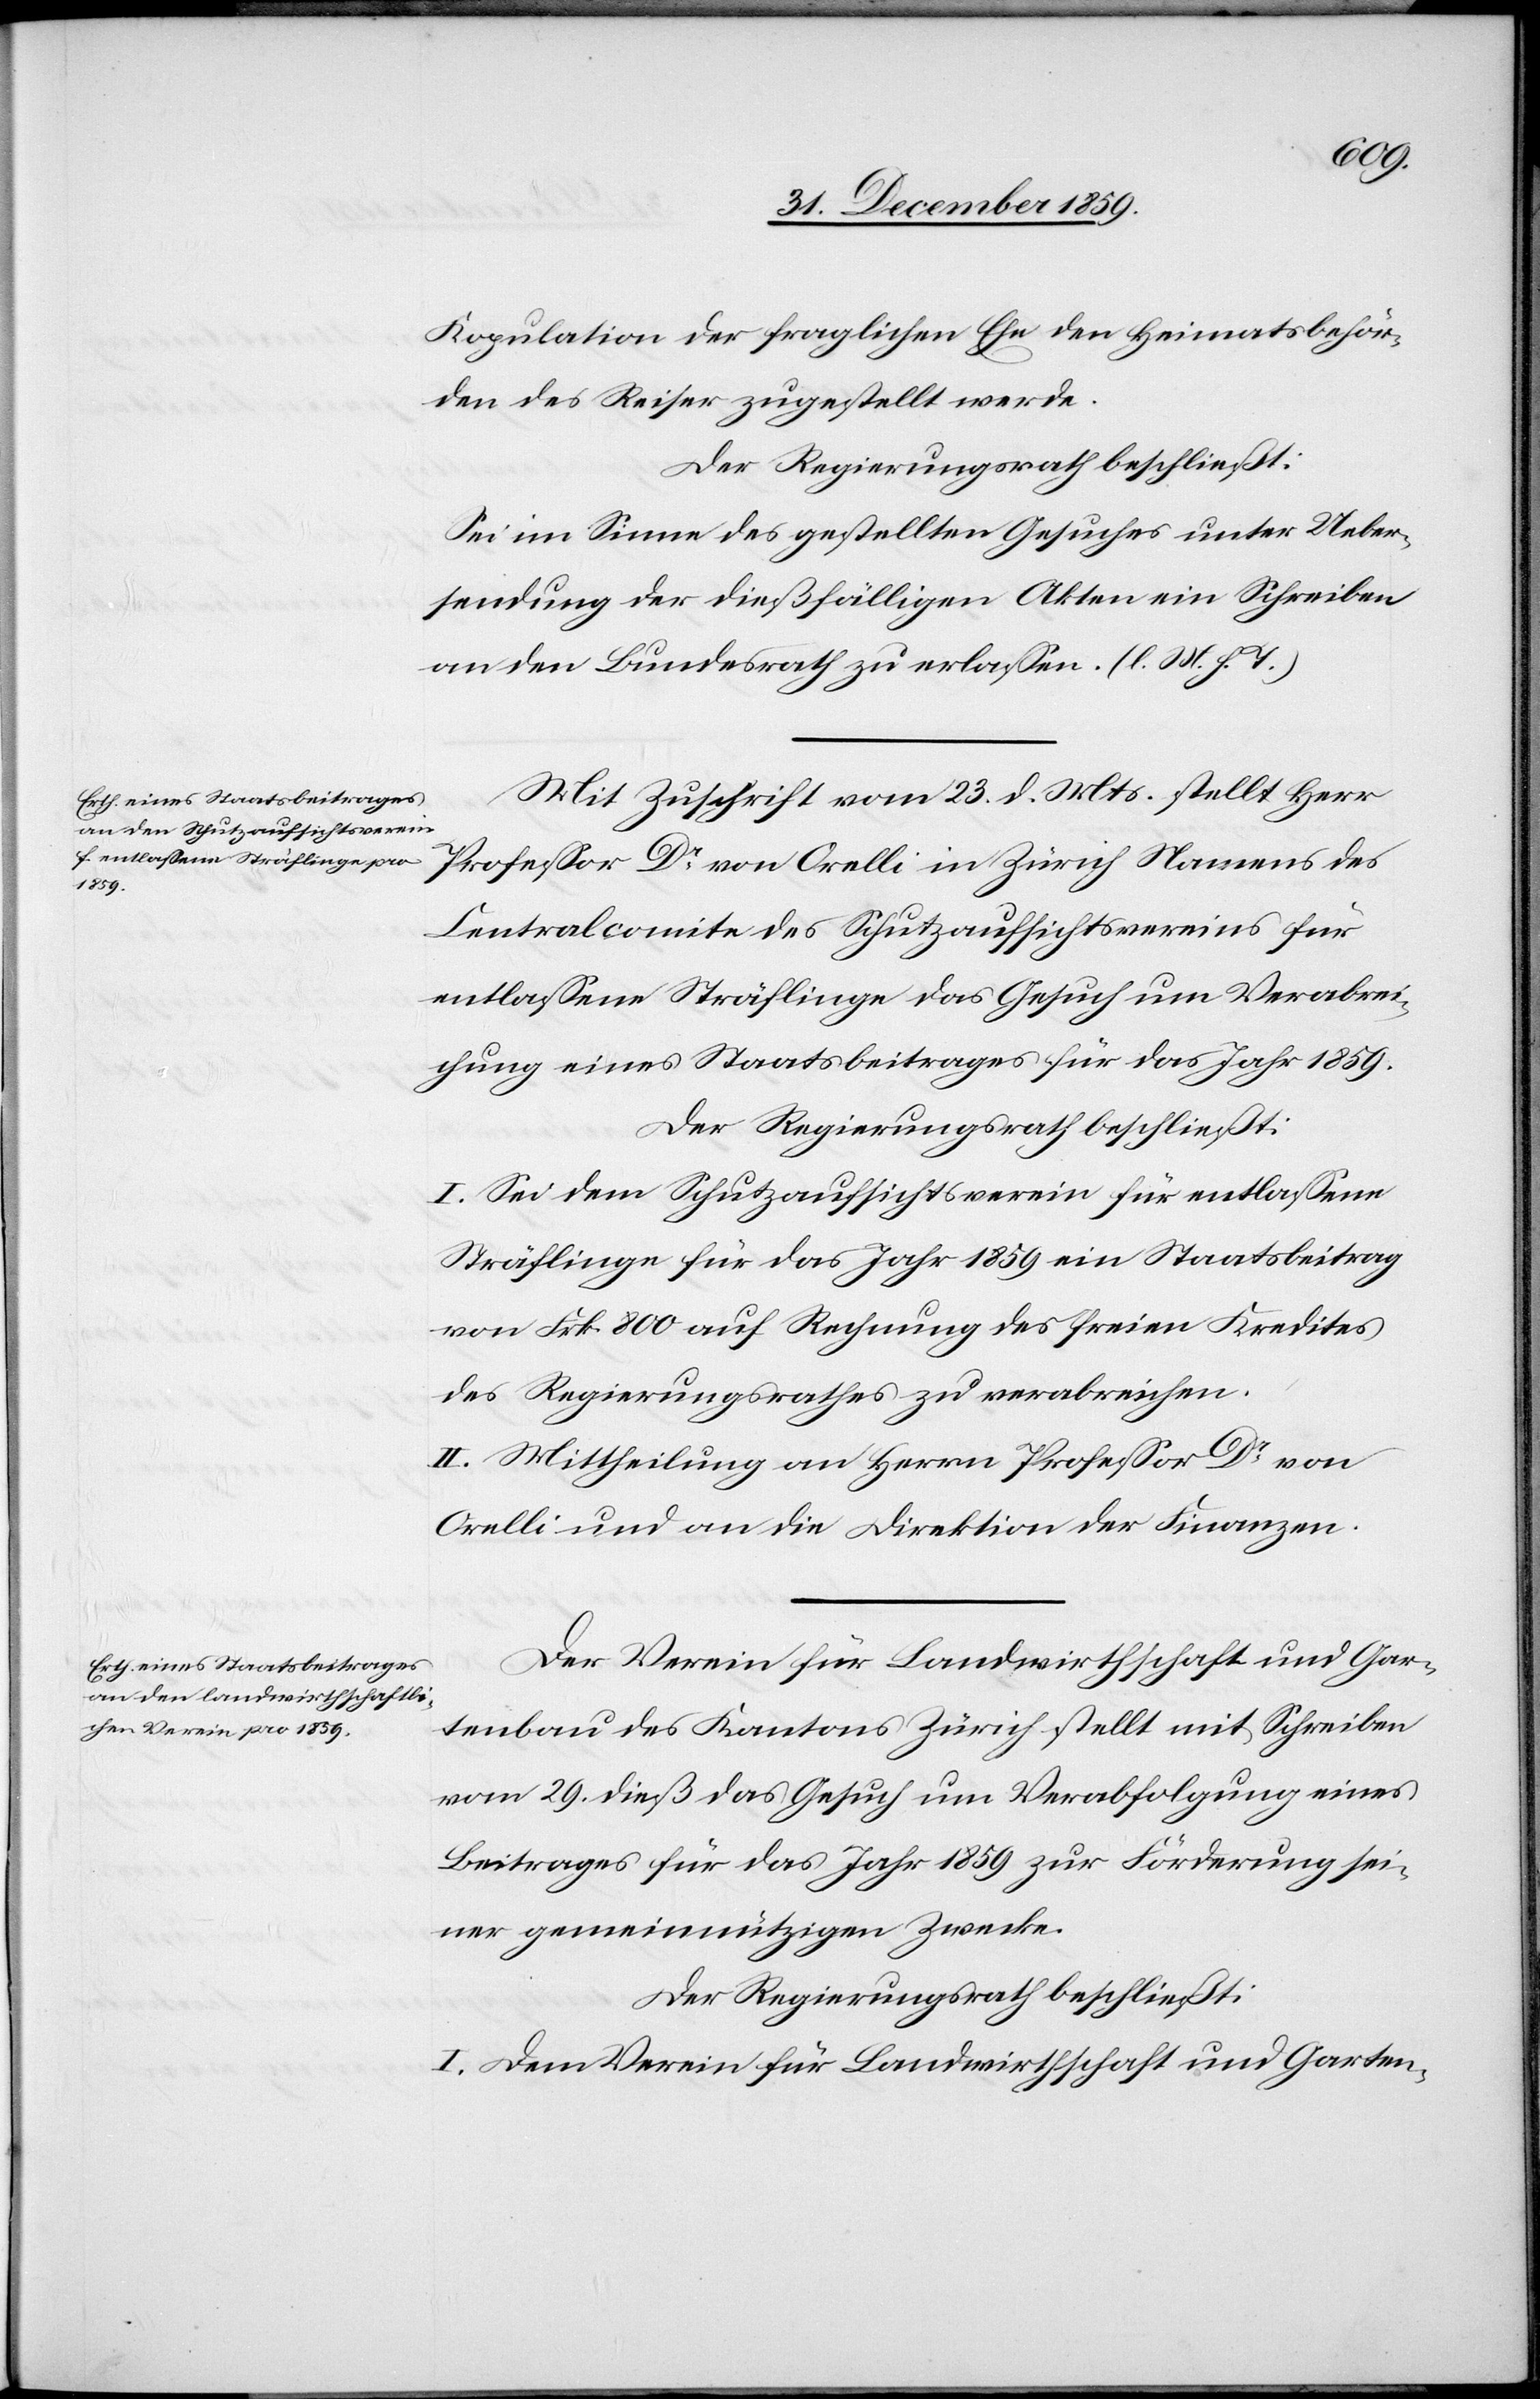
Kopulation der fraglichen Ehe den Heimatsbehör¬
den des Reiser zugestellt werde.
Der Regierungsrath beschließt:
Sei im Sinne des gestellten Gesuches unter Ueber¬
sendung der dießfälligen Akten ein Schreiben
an der Bundesrath zu erlassen. (l. M. h. T.)
Mit Zuschrift vom 23. d. Mts. stellt Herr
Professor Dr von Orelli in Zürich Namens des
Centralcomite des Schutzaufsichtsvereins für
entlassene Sträflinge das Gesuch um Verabrei¬
chung eines Staatsbeitrages für das Jahr 1859.
Der Regierungsrath beschließt:
I. Sei dem Schutzaufsichtsverein für entlassene
Sträflinge für das Jahr 1859 ein Staatsbeitrag
von Frk. 800 auf Rechnung des freien Kredites
des Regierungsrathes zu verabreichen.
II. Mittheilung an Herrn Professor Dr von
Orelli und an die Direktion der Finanzen.
Der Verein für Landwirthschaft und Gar¬
tenbau des Kantons Zürich stellt mit Schreiben
vom 29. dieß das Gesuch um Verabfolgung eines
Beitrages für das Jahr 1859 zur Förderung sei¬
ner gemeinnützigen Zwecke.
Der Regierungsrath beschließt:
I. Dem Verein für Landwirthschaft und Garten-